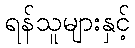
ရန်သူများနှင့်